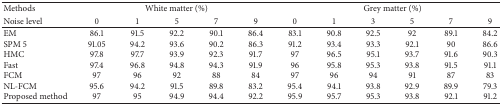
<table><thead><tr><td><b>Methods</b></td><td colspan="5"><b>White matter (%)</b></td><td colspan="6"><b>Grey matter (%)</b></td></tr><tr><td><b>Noise level</b></td><td><b>0</b></td><td><b>1</b></td><td><b>5</b></td><td><b>7</b></td><td><b>9</b></td><td><b>0</b></td><td><b>1</b></td><td><b>3</b></td><td><b>5</b></td><td><b>7</b></td><td><b>9</b></td></tr></thead><tbody><tr><td>EM</td><td>86.1</td><td>91.5</td><td>92.2</td><td>90.1</td><td>86.4</td><td>83.1</td><td>90.8</td><td>92.5</td><td>92</td><td>89.1</td><td>84.2</td></tr><tr><td>SPM 5</td><td>91.05</td><td>94.2</td><td>93.6</td><td>90.2</td><td>86.3</td><td>91.2</td><td>93.4</td><td>93.3</td><td>92.1</td><td>90</td><td>86.6</td></tr><tr><td>HMC</td><td>97.8</td><td>97.7</td><td>93.9</td><td>92.3</td><td>91.7</td><td>97</td><td>96.5</td><td>95.1</td><td>93.7</td><td>91.6</td><td>90.3</td></tr><tr><td>Fast</td><td>97.4</td><td>96.8</td><td>94.8</td><td>94.3</td><td>91.9</td><td>96</td><td>95.8</td><td>95.3</td><td>93.8</td><td>91.5</td><td>91.1</td></tr><tr><td>FCM</td><td>97</td><td>96</td><td>92</td><td>88</td><td>84</td><td>97</td><td>96</td><td>94</td><td>91</td><td>87</td><td>83</td></tr><tr><td>NL-FCM</td><td>95.6</td><td>94.2</td><td>91.5</td><td>89.8</td><td>83.2</td><td>95.4</td><td>94.1</td><td>93.8</td><td>92.9</td><td>89.9</td><td>79.3</td></tr><tr><td>Proposed method</td><td>97</td><td>95</td><td>94.9</td><td>94.4</td><td>92.2</td><td>95.9</td><td>95.7</td><td>95.3</td><td>93.8</td><td>92.1</td><td>91.2</td></tr></tbody></table>